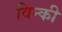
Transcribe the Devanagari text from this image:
विन्की